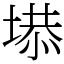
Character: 塨